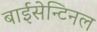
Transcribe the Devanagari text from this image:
बाईसेन्टिनल